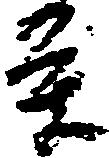
条